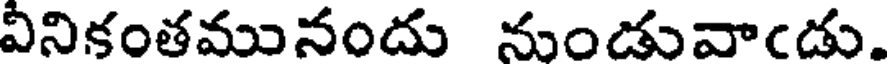
వినికంతమునందు నుండువాఁడు.